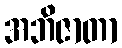
အဘိဇာတာ